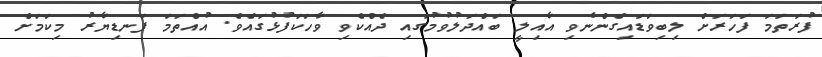
ފުރަތަމަ ފަހަރަށް ލިބިވަޑައިގެންނެވި އާއިލީ ބައްދަލުވުމުގައި ދެއްކެވި ވާހަކަފުޅުގައެވެ. އުއްތަމަ ފަނޑިޔާރު މިކަމަށް